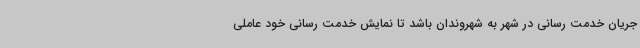
جریان خدمت رسانی در شهر به شهروندان باشد تا نمایش خدمت رسانی خود عاملی